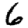
Digit: 6